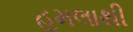
હૂમલાથી